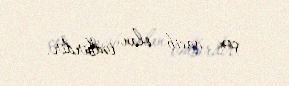
çox vacib olan tədbirdir.